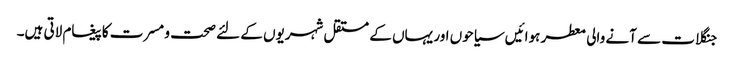
جنگلات سے آنے والی معطر ہوائیں سیاحوں اور یہاں کے مستقل شہریوں کے لئے صحت و مسرت کا پیغام لاتی ہیں۔